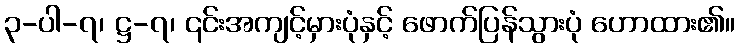
၃-ပါ-၇၊ ဋ္ဌ-၇၊ ၎င်းအကျင့်မှားပုံနှင့် ဖောက်ပြန်သွားပုံ ဟောထား၏။